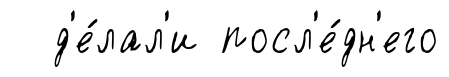
д'е́лал'и посл'е́дн'его